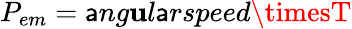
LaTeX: P_{em}={\mathsf{a}ng\mathbf{u}l\mathsf{a}rspeed\timesT}